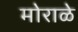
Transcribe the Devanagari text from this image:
मोराळे